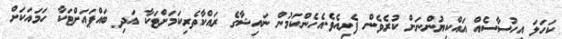
ކަހަލަ އިހުސާސެއް އައްކިޔުންނަށް ކުރެވެން ފެށިއެވެ.އެހެންކަމުން ނައިޝާގެ ރައްކާތެރިކަމަށްޓަކާ އަދި ބައްޕައަށްޓަކާ ހަމައަކަށް